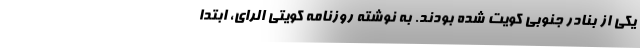
یکی از بنادر جنوبی کویت شده بودند. به نوشته روزنامه کویتی الرای، ابتدا